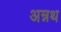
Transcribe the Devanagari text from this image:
अन्नथ